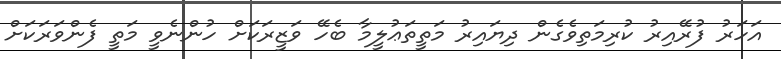
އަހަރު ފުރޭއިރު ކުރިމަތިވެގެން ދިޔައިރު މަތީތަޢުލީމާ ބެހޭ ވަޒީރަކަށް ހުންނެވީ މަތީ ފެންވަރަކަށް